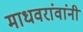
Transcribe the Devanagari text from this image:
माधवरांवांनी